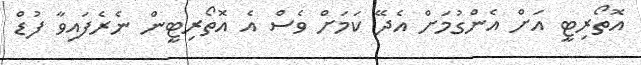
އޮތޯރިޓީ އަށް އެންގުމަށް އެދޭ ކަމަށް ވެސް އެ އޮތޯރިޓީން ނެރެފައިވާ ފުޑް